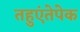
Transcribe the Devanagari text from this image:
तहुएंतेपेक